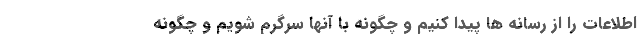
اطلاعات را از رسانه ها پیدا کنیم و چگونه با آنها سرگرم شویم و چگونه